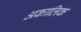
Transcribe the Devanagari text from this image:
अकालिक